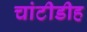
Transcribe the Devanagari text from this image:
चांटीडीह